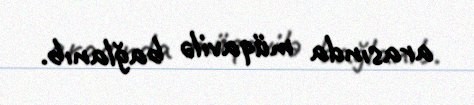
arasında müqavilə bağlanıb.